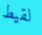
لقيط